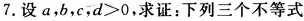
7.设a，b，c，$$d>0$$，求证：下列三个不等式